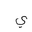
Letter: _ya